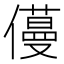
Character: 𠐎